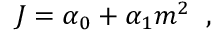
J = \alpha _ { 0 } + \alpha _ { 1 } m ^ { 2 } \; \; ,